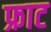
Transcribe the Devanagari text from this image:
फ्राट